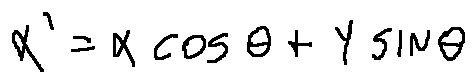
x ^ { \prime } = x \cos \theta + y \sin \theta